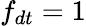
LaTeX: f_{dt}=1